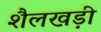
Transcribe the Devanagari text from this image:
शैलखड़ी